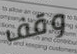
وقف